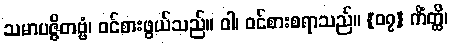
သမာပဇ္ဇိတဗ္ဗံ၊ ဝင်စားဖွယ်သည်။ ဝါ၊ ဝင်စားစရာသည်။ {၀၇} ကိံတ္ထိ၊